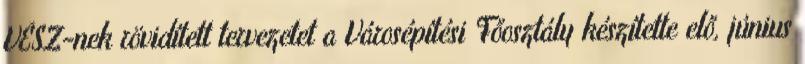
VÉSZ-nek rövidített tervezetet a Városépítési Főosztály készítette elő, június